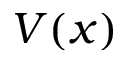
V ( x )